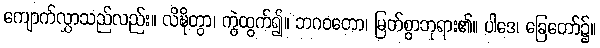
ကျောက်လွှာသည်လည်း။ လိဍ္ဎိတွာ၊ ကွဲထွက်၍။ ဘဂဝတော၊ မြတ်စွာဘုရား၏။ ပါဒေ၊ ခြေတော်၌။